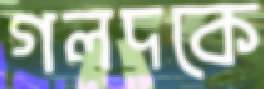
গলদকে